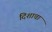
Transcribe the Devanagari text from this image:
दिशाचा